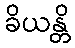
ခိယန္တိ